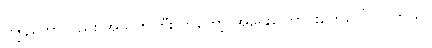
ကျွန်တော်လည်း အသက်ကြီးလာတော့ အရေးကြောင်းတွေပေါ်လာတယ်။